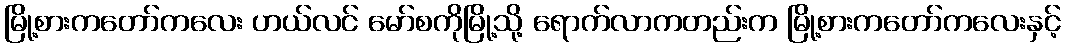
မြို့စားကတော်ကလေး ဟယ်လင် မော်စကိုမြို့သို့ ရောက်လာကတည်းက မြို့စားကတော်ကလေးနှင့်